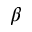
\beta